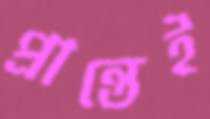
প্রান্তেই